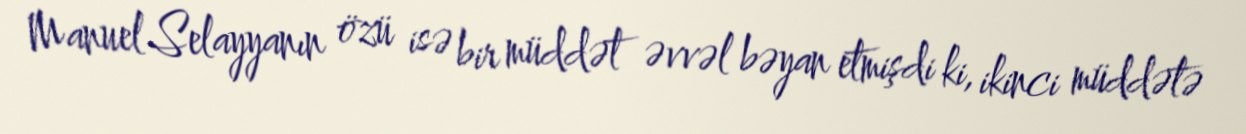
Manuel Selayyanın özü isə bir müddət əvvəl bəyan etmişdi ki, ikinci müddətə